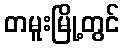
တမူးမြို့တွင်